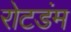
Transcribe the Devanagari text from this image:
रोटडंम